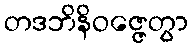
တဒဘိနိဝဇ္ဇေတွာ